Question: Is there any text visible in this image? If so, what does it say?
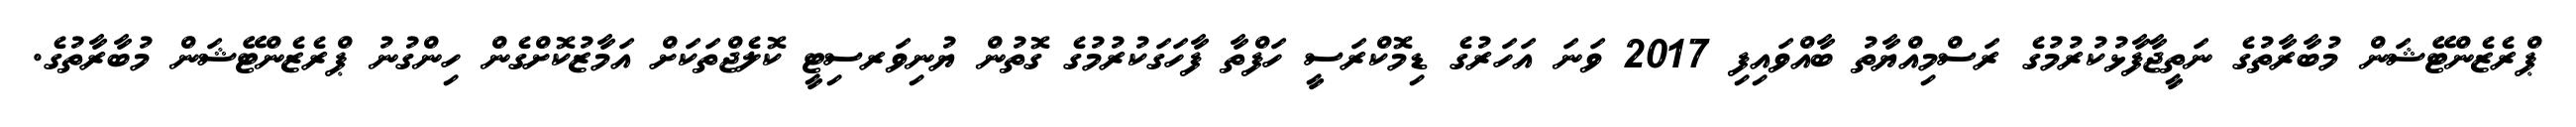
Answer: ޕްރެޒެންޓޭޝަން މުބާރާތުގެ ނަތީޖާފާޅުކުރުމުގެ ރަސްމިއްޔާތު ބާއްވައިފި 2017 ވަނަ އަހަރުގެ ޑިމޮކްރަސީ ހަފްތާ ފާހަގަކުރުމުގެ ގޮތުން ޔުނިވަރސިޓީ ކޮލެޖްތަކަށް އަމާޒުކޮށްގެން ހިންގުނު ޕްރެޒެންޓޭޝަން މުބާރާތުގެ.